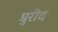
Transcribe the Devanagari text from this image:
घुरीद